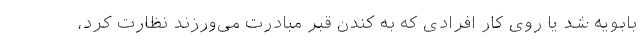
بابویه شد یا روی کار افرادی که به کندن قبر مبادرت می‌ورزند نظارت کرد،